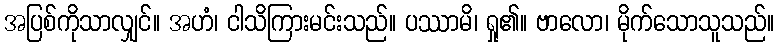
အပြစ်ကိုသာလျှင်။ အဟံ၊ ငါသိကြားမင်းသည်။ ပဿာမိ၊ ရှု၏။ ဗာလော၊ မိုက်သောသူသည်။